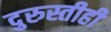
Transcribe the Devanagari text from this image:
दुरुस्तीही